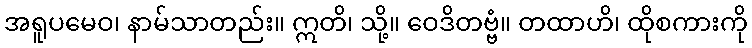
အရူပမေဝ၊ နာမ်သာတည်း။ ဣတိ၊ သို့။ ဝေဒိတဗ္ဗံ။ တထာဟိ၊ ထိုစကားကို